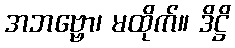
အဘဗ္ဗော၊ မထိုက်။ ဒိဋ္ဌိ